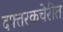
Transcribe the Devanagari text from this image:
दफ्तरकचेरीत